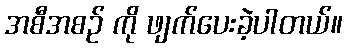
အစီအစဉ် ကို ဖျက်ပေးခဲ့ပါတယ်။